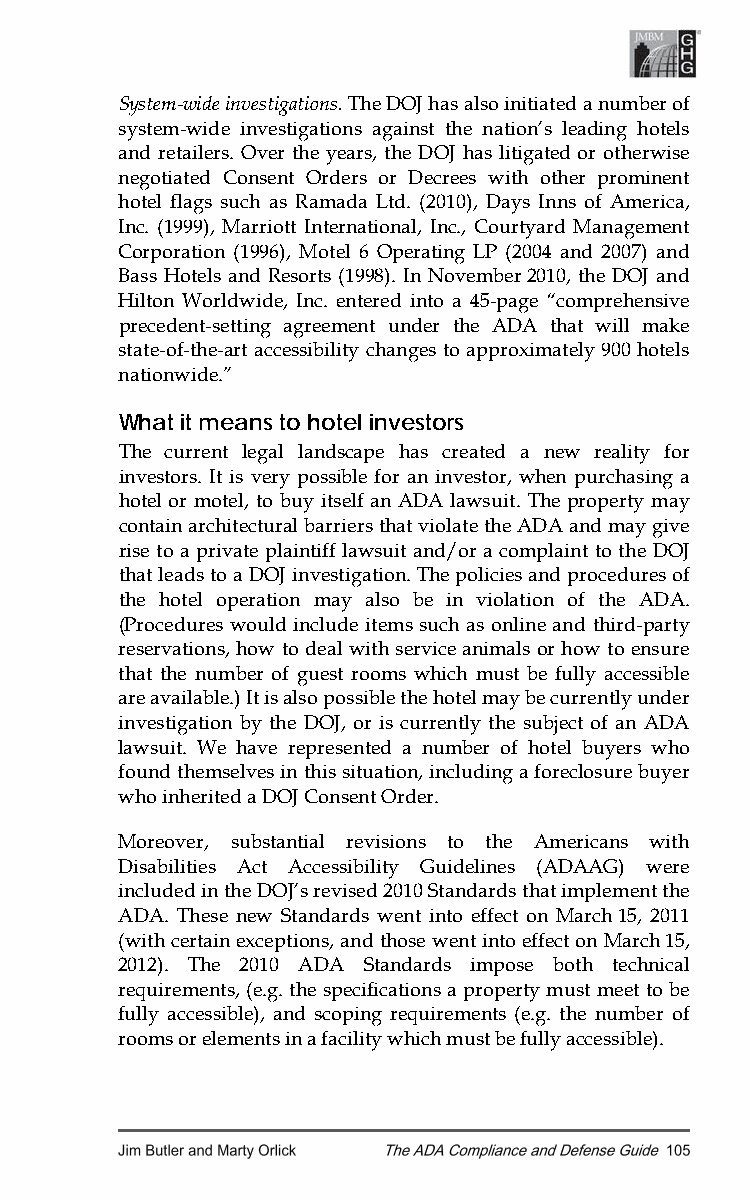
System-wide investigations. The DOJ has also initiated a number of
 system-wide investigations against the nation’s leading hotels
 and retailers. Over the years, the DOJ has litigated or otherwise
 negotiated Consent Orders or Decrees with other prominent
 hotel flags such as Ramada Ltd. (2010), Days Inns of America,
 Inc. (1999), Marriott International, Inc., Courtyard Management
 Corporation (1996), Motel 6 Operating LP (2004 and 2007) and
 Bass Hotels and Resorts (1998). In November 2010, the DOJ and
 Hilton Worldwide, Inc. entered into a 45-page “comprehensive
 precedent-setting agreement under the ADA that will make
 state-of-the-art accessibility changes to approximately 900 hotels
 nationwide.”
 What it means to hotel investors
 The current legal landscape has created a new reality for
 investors. It is very possible for an investor, when purchasing a
 hotel or motel, to buy itself an ADA lawsuit. The property may
 contain architectural barriers that violate the ADA and may give
 rise to a private plaintiff lawsuit and/or a complaint to the DOJ
 that leads to a DOJ investigation. The policies and procedures of
 the hotel operation may also be in violation of the ADA.
 (Procedures would include items such as online and third-party
 reservations, how to deal with service animals or how to ensure
 that the number of guest rooms which must be fully accessible
 are available.) It is also possible the hotel may be currently under
 investigation by the DOJ, or is currently the subject of an ADA
 lawsuit. We have represented a number of hotel buyers who
 found themselves in this situation, including a foreclosure buyer
 who inherited a DOJ Consent Order.
 Moreover, substantial revisions to the Americans with
 Disabilities Act Accessibility Guidelines (ADAAG) were
 included in the DOJ’s revised 2010 Standards that implement the
 ADA. These new Standards went into effect on March 15, 2011
 (with certain exceptions, and those went into effect on March 15,
 2012). The 2010 ADA Standards impose both technical
 requirements, (e.g. the specifications a property must meet to be
 fully accessible), and scoping requirements (e.g. the number of
 rooms or elements in a facility which must be fully accessible).